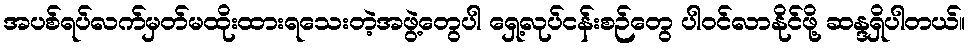
အပစ်ရပ်လက်မှတ်မထိုးထားရသေးတဲ့အဖွဲ့တွေပါ ရှေ့လုပ်ငန်းစဉ်တွေ ပါဝင်လာနိုင်ဖို့ ဆန္ဒရှိပါတယ်။